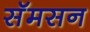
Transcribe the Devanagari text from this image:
सॅमसन